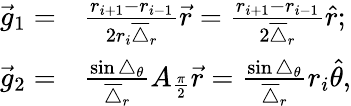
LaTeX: \begin{array}{rl}{\vec{g}_{1}=}&{{}\frac{r_{i+1}-r_{i-1}}{2r_{i}\overline{{\triangle}}_{r}}\vec{r}=\frac{r_{i+1}-r_{i-1}}{2\overline{{\triangle}}_{r}}\hat{r};}\\ {\vec{g}_{2}=}&{{}\frac{\sin\triangle_{\theta}}{\overline{{\triangle}}_{r}}A_{\frac{\pi}{2}}\vec{r}=\frac{\sin\triangle_{\theta}}{\overline{{\triangle}}_{r}}r_{i}\hat{\theta},}\end{array}